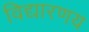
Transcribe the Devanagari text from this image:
विद्यारणय